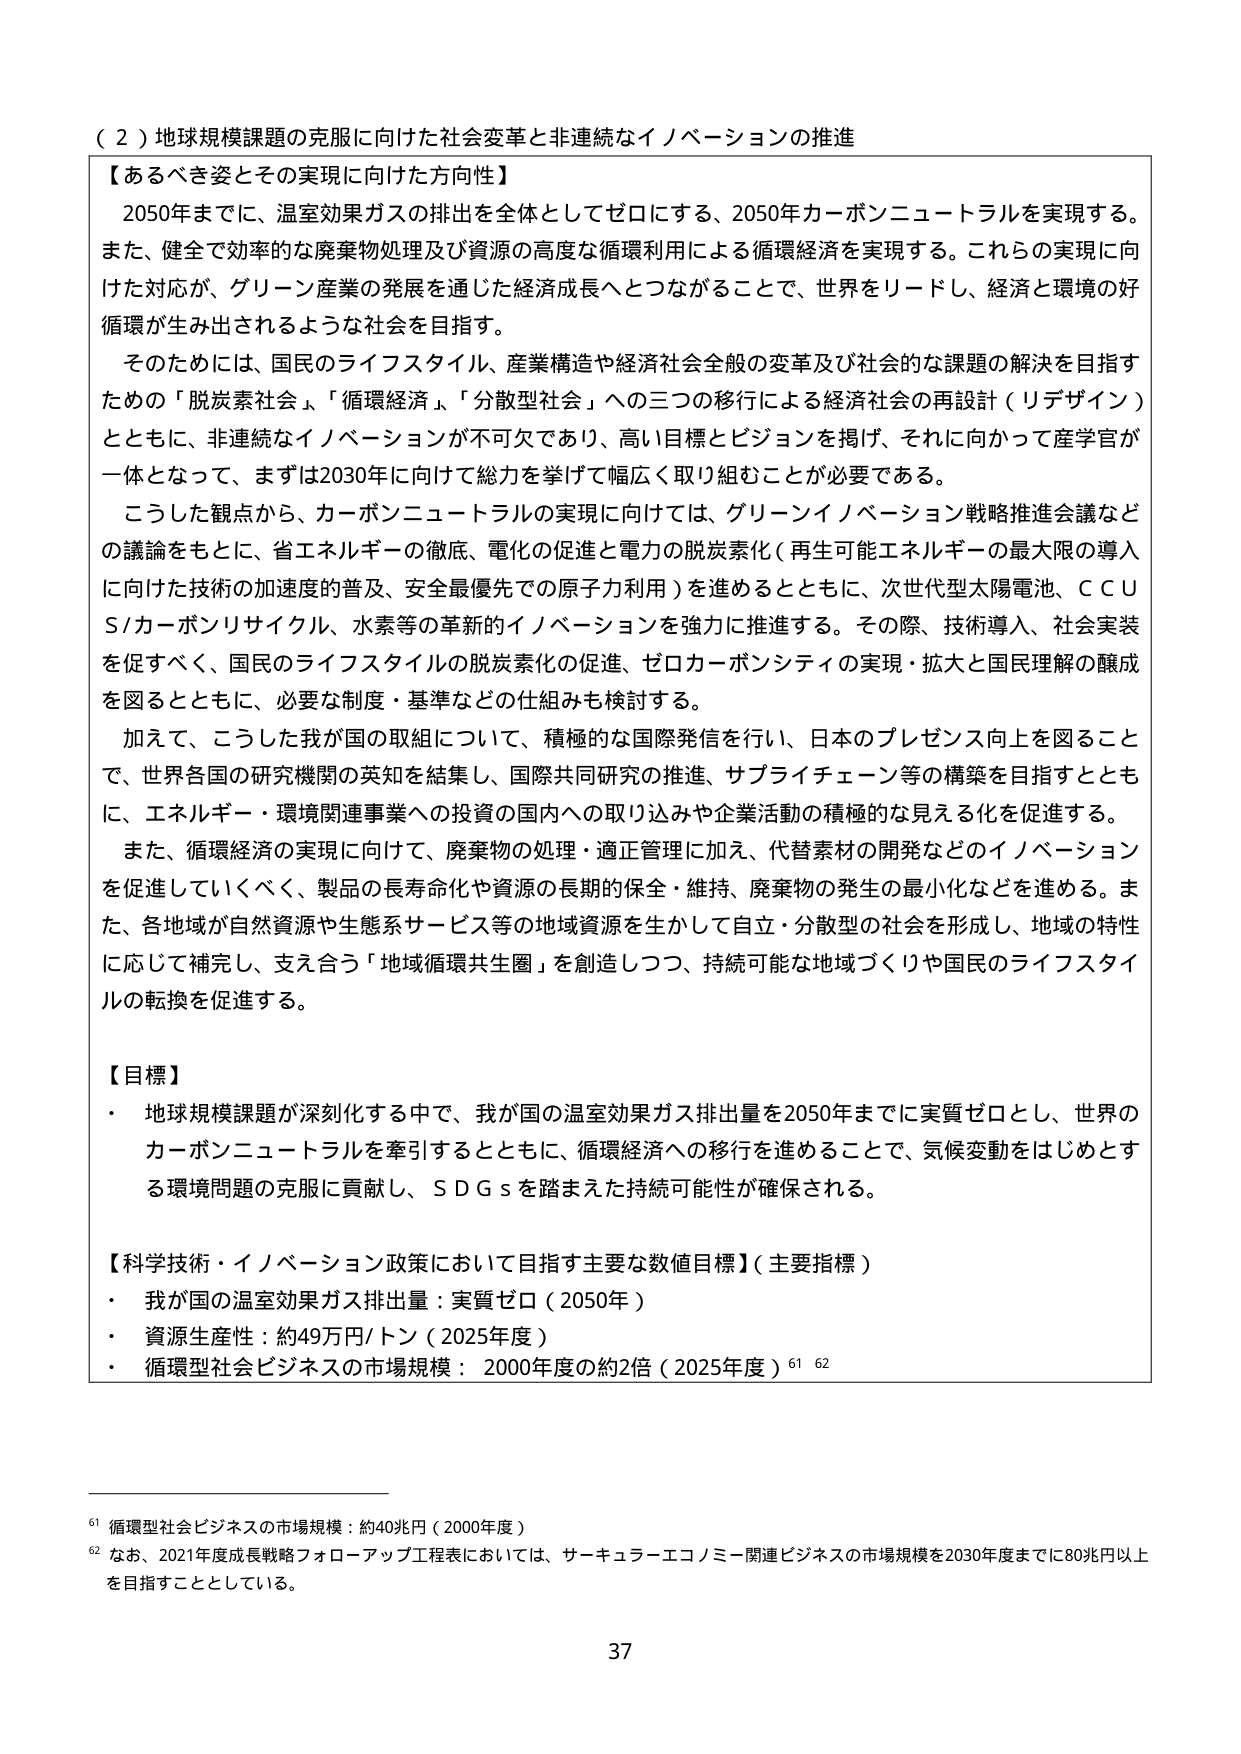
（２）地球規模課題の克服に向けた社会変革と非連続なイノベーションの推進

【あるべき姿とその実現に向けた方向性】
2050年までに、温室効果ガスの排出を全体としてゼロにする、2050年カーボンニュートラルを実現する。また、健全で効率的な廃棄物処理及び資源の高度な循環利用による循環経済を実現する。これらの実現に向けた対応が、グリーン産業の発展を通じた経済成長へとつながることで、世界をリードし、経済と環境の好循環が生み出されるような社会を目指す。
そのためには、国民のライフスタイル、産業構造や経済社会全般の変革及び社会的な課題の解決を目指すための「脱炭素社会」、「循環経済」、「分散型社会」への三つの移行による経済社会の再設計（リデザイン）とともに、非連続なイノベーションが不可欠であり、高い目標とビジョンを掲げ、それに向かって産学官が一体となって、まずは2030年に向けて総力を挙げて幅広く取り組むことが必要である。
こうした観点から、カーボンニュートラルの実現に向けては、グリーンイノベーション戦略推進会議などの議論をもとに、省エネルギーの徹底、電化の促進と電力の脱炭素化（再生可能エネルギーの最大限の導入に向けた技術の加速度的普及、安全最優先での原子力利用）を進めるとともに、次世代型太陽電池、ＣＣＵＳ/カーボンリサイクル、水素等の革新的イノベーションを強力に推進する。その際、技術導入、社会実装を促すべく、国民のライフスタイルの脱炭素化の促進、ゼロカーボンシティの実現・拡大と国民理解の醸成を図るとともに、必要な制度・基準などの仕組みも検討する。
加えて、こうした我が国の取組について、積極的な国際発信を行い、日本のプレゼンス向上を図ることで、世界各国の研究機関の英知を結集し、国際共同研究の推進、サプライチェーン等の構築を目指すとともに、エネルギー・環境関連事業への投資の国内への取り込みや企業活動の積極的な見える化を促進する。
また、循環経済の実現に向けて、廃棄物の処理・適正管理に加え、代替素材の開発などのイノベーションを促進していくべく、製品の長寿命化や資源の長期的保全・維持、廃棄物の発生の最小化などを進める。また、各地域が自然資源や生態系サービス等の地域資源を生かして自立・分散型の社会を形成し、地域の特性に応じて補完し、支え合う「地域循環共生圏」を創造しつつ、持続可能な地域づくりや国民のライフスタイルの転換を促進する。

【目標】
・ 地球規模課題が深刻化する中で、我が国の温室効果ガス排出量を2050年までに実質ゼロとし、世界のカーボンニュートラルを牽引するとともに、循環経済への移行を進めることで、気候変動をはじめとする環境問題の克服に貢献し、ＳＤＧｓを踏まえた持続可能性が確保される。

【科学技術・イノベーション政策において目指す主要な数値目標】（主要指標）
・ 我が国の温室効果ガス排出量：実質ゼロ（2050年）
・ 資源生産性：約49万円/トン（2025年度）
・ 循環型社会ビジネスの市場規模：2000年度の約2倍（2025年度）61 62

61 循環型社会ビジネスの市場規模：約40兆円（2000年度）
62 なお、2021年度成長戦略フォローアップ工程表においては、サーキュラーエコノミー関連ビジネスの市場規模を2030年度までに80兆円以上を目指すこととしている。

37